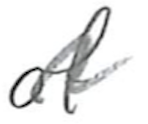
Text: of
Cross-out: wave
Writing tool: pencil